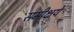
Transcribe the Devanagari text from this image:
समीक्षये